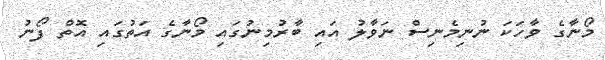
މޯނާގެ ވާހަކަ ނުނިމެނިސް ނަވާލު އައި ބާރުމިނުގައި މޯނާގެ އަތުގައި އޮތް ފޯނު